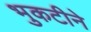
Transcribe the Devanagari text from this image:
भुकटीने